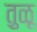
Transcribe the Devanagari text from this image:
तु़ळू